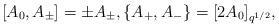
LaTeX: \begin{align*} [A_0,A_{\pm}]=\pm A_{\pm},\{A_{+},A_{-}\}=[2A_0]_{q^{1/2}},\end{align*}